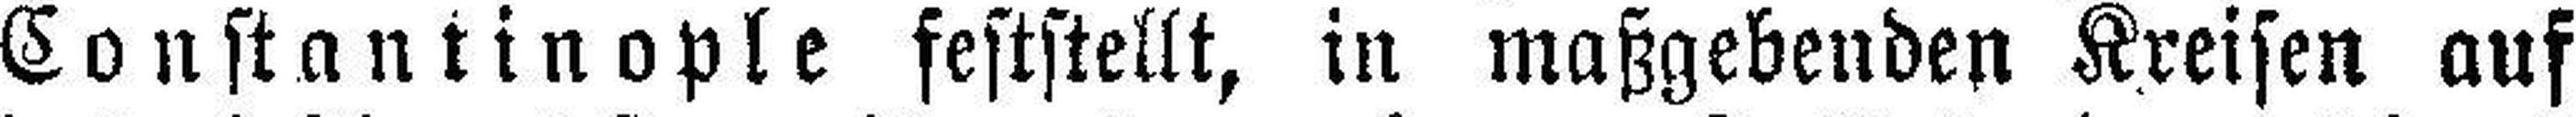
Constantinople feststellt, in maßgebenden Kreisen aus